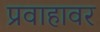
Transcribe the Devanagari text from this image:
प्रवाहावर